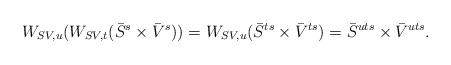
LaTeX: \begin{align*} W_{SV,u}(W_{SV,t}(\bar{S}^{s} \times\bar{V}^{s}))=W_{SV,u}(\bar{S}^{ts}\times\bar{V}^{ts})=\bar{S}^{uts}\times\bar{V}^{uts}.\end{align*}